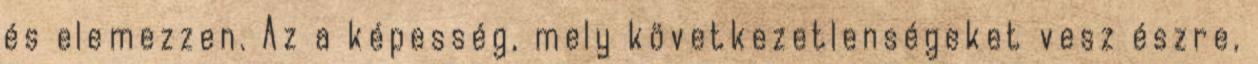
és elemezzen. Az a képesség, mely következetlenségeket vesz észre,